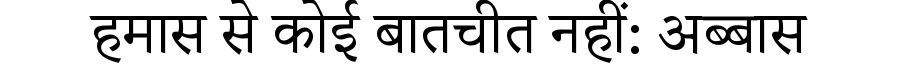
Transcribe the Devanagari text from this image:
हमास से कोई बातचीत नहीं: अब्बास